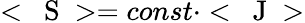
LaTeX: <\mathrm{~\mathbf~S~}>=const\cdot<\mathrm{~\mathbf~J~}>